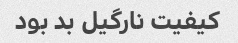
کیفیت نارگیل بد بود